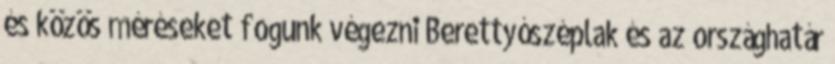
és közös méréseket fogunk végezni Berettyószéplak és az országhatár